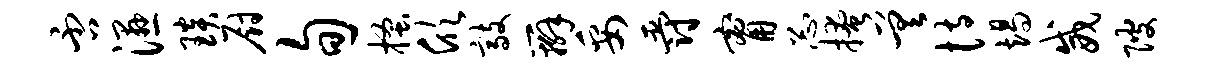
否湿琰厨旬搔欣敲辫妥爵甯忐掩差恃竭威陂